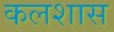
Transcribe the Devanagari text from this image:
कलशास